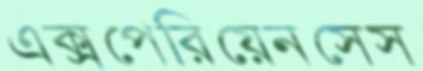
এক্সপেরিয়েনসেস